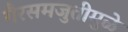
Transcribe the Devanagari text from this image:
गैरसमजुतीमुळे